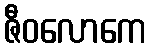
ဇီဝလောကေ